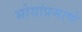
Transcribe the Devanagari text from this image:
भोयांप्रमाणे